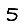
Digit: 5